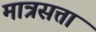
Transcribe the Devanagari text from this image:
मात्रसत्ता